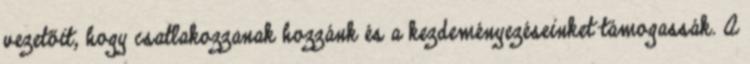
vezetőit, hogy csatlakozzanak hozzánk és a kezdeményezéseinket támogassák. A